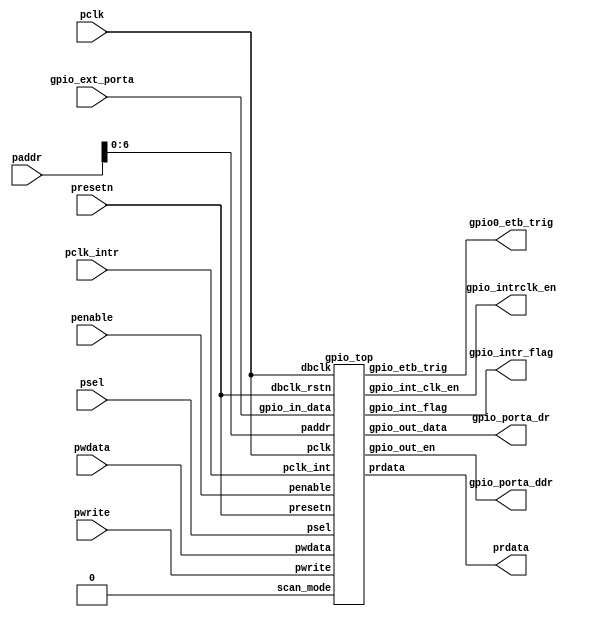
/*
Copyright (c) 2019 Alibaba Group Holding Limited

Permission is hereby granted, free of charge, to any person obtaining a copy of this software and associated documentation files (the "Software"), to deal in the Software without restriction, including without limitation the rights to use, copy, modify, merge, publish, distribute, sublicense, and/or sell copies of the Software, and to permit persons to whom the Software is furnished to do so, subject to the following conditions:

The above copyright notice and this permission notice shall be included in all copies or substantial portions of the Software.

THE SOFTWARE IS PROVIDED "AS IS", WITHOUT WARRANTY OF ANY KIND, EXPRESS OR IMPLIED, INCLUDING BUT NOT LIMITED TO THE WARRANTIES OF MERCHANTABILITY, FITNESS FOR A PARTICULAR PURPOSE AND NONINFRINGEMENT. IN NO EVENT SHALL THE AUTHORS OR COPYRIGHT HOLDERS BE LIABLE FOR ANY CLAIM, DAMAGES OR OTHER LIABILITY, WHETHER IN AN ACTION OF CONTRACT, TORT OR OTHERWISE, ARISING FROM, OUT OF OR IN CONNECTION WITH THE SOFTWARE OR THE USE OR OTHER DEALINGS IN THE SOFTWARE.

*/
`define   GPIO_PWIDTH 6'd32
`define   GPIO_SW_DATA_RESET 32'h0
`define   GPIO_SW_DIR_RESET 32'h0
`define   GPIO_INT_LEVEL_SYNC_EN 1'b1
`define   GPIO_INT_POL_SEL 1'b1
`define   GPIO_DEBOUNCE_EN 1'b0
`define   GPIO_EXT_DATA_SYNC_EN 1'b0
`define   GPIO_ADDR_LHS 5'h6
module gpio0(
  gpio0_etb_trig,
  gpio_ext_porta,
  gpio_intr_flag,
  gpio_intrclk_en,
  gpio_porta_ddr,
  gpio_porta_dr,
  paddr,
  pclk,
  pclk_intr,
  penable,
  prdata,
  presetn,
  psel,
  pwdata,
  pwrite
);
input   [31:0]  gpio_ext_porta; 
input   [31:0]  paddr;          
input           pclk;           
input           pclk_intr;      
input           penable;        
input           presetn;        
input           psel;           
input   [31:0]  pwdata;         
input           pwrite;         
output  [31:0]  gpio0_etb_trig; 
output          gpio_intr_flag; 
output          gpio_intrclk_en; 
output  [31:0]  gpio_porta_ddr; 
output  [31:0]  gpio_porta_dr;  
output  [31:0]  prdata;         
wire    [31:0]  gpio0_etb_trig; 
wire    [31:0]  gpio0_prdata;   
wire    [31:0]  gpio_ext_porta; 
wire            gpio_intr_flag; 
wire            gpio_intrclk_en; 
wire    [31:0]  gpio_porta_ddr; 
wire    [31:0]  gpio_porta_dr;  
wire    [31:0]  paddr;          
wire            pclk;           
wire            pclk_intr;      
wire            penable;        
wire    [31:0]  prdata;         
wire            presetn;        
wire            psel;           
wire    [31:0]  pwdata;         
wire            pwrite;         
gpio_top  x_gpio_top (
  .dbclk           (pclk           ),
  .dbclk_rstn      (presetn        ),
  .gpio_etb_trig   (gpio0_etb_trig ),
  .gpio_in_data    (gpio_ext_porta ),
  .gpio_int_clk_en (gpio_intrclk_en),
  .gpio_int_flag   (gpio_intr_flag ),
  .gpio_out_data   (gpio_porta_dr  ),
  .gpio_out_en     (gpio_porta_ddr ),
  .paddr           (paddr[6:0]     ),
  .pclk            (pclk           ),
  .pclk_int        (pclk_intr      ),
  .penable         (penable        ),
  .prdata          (gpio0_prdata   ),
  .presetn         (presetn        ),
  .psel            (psel           ),
  .pwdata          (pwdata         ),
  .pwrite          (pwrite         ),
  .scan_mode       (1'b0           )
);
assign prdata[31:0] = gpio0_prdata[31:0];
endmodule
module gpio0_sec_top(
  gpio0_etb_trig,
  gpio_ext_porta,
  gpio_intr_flag,
  gpio_intrclk_en,
  gpio_porta_ddr,
  gpio_porta_dr,
  paddr,
  pclk,
  pclk_intr,
  penable,
  pprot,
  prdata,
  presetn,
  psel,
  pwdata,
  pwrite,
  tipc_gpio0_trust
);
input   [31:0]  gpio_ext_porta;  
input   [31:0]  paddr;           
input           pclk;            
input           pclk_intr;       
input           penable;         
input   [2 :0]  pprot;           
input           presetn;         
input           psel;            
input   [31:0]  pwdata;          
input           pwrite;          
input           tipc_gpio0_trust; 
output  [31:0]  gpio0_etb_trig;  
output          gpio_intr_flag;  
output          gpio_intrclk_en; 
output  [31:0]  gpio_porta_ddr;  
output  [31:0]  gpio_porta_dr;   
output  [31:0]  prdata;          
wire    [31:0]  gpio0_etb_trig;  
wire    [31:0]  gpio_ext_porta;  
wire            gpio_intr_flag;  
wire            gpio_intrclk_en; 
wire    [31:0]  gpio_porta_ddr;  
wire    [31:0]  gpio_porta_dr;   
wire    [31:0]  i_prdata;        
wire            i_psel;          
wire            i_pwrite;        
wire    [31:0]  paddr;           
wire            pclk;            
wire            pclk_intr;       
wire            penable;         
wire    [2 :0]  pprot;           
wire    [31:0]  prdata;          
wire            presetn;         
wire            psel;            
wire    [31:0]  pwdata;          
wire            pwrite;          
wire            tipc_gpio0_trust; 
gpio0  x_gpio0 (
  .gpio0_etb_trig  (gpio0_etb_trig ),
  .gpio_ext_porta  (gpio_ext_porta ),
  .gpio_intr_flag  (gpio_intr_flag ),
  .gpio_intrclk_en (gpio_intrclk_en),
  .gpio_porta_ddr  (gpio_porta_ddr ),
  .gpio_porta_dr   (gpio_porta_dr  ),
  .paddr           (paddr          ),
  .pclk            (pclk           ),
  .pclk_intr       (pclk_intr      ),
  .penable         (penable        ),
  .prdata          (i_prdata       ),
  .presetn         (presetn        ),
  .psel            (i_psel         ),
  .pwdata          (pwdata         ),
  .pwrite          (i_pwrite       )
);
assign prdata[31:0] = i_prdata[31:0];
assign i_pwrite = pwrite;
assign i_psel = psel;
endmodule
module gpio_apbif 
(
    pclk                    ,
    presetn                 ,
    penable                 ,
    pwrite                  ,
    pwdata                  ,
    paddr                   ,
    psel                    ,                 
    gpio_ext_data           ,
    gpio_int_status         ,
    gpio_raw_int_status     ,
    gpio_sw_data            ,
    gpio_sw_dir             ,
    gpio_int_en             ,
    gpio_int_mask           ,
    gpio_int_type           ,
    gpio_int_pol            ,
    gpio_debounce           ,
    gpio_int_clr            ,
    gpio_int_level_sync     ,
    prdata                   
);
input                         pclk                    ;
input                         presetn                 ;
input                         penable                 ;
input                         pwrite                  ;
input             [31:0]      pwdata                  ;
input  [`GPIO_ADDR_LHS:0]      paddr                   ;
input                         psel                    ;                 
input  [`GPIO_PWIDTH-1:0]      gpio_ext_data           ;
input  [`GPIO_PWIDTH-1:0]      gpio_int_status         ;
input  [`GPIO_PWIDTH-1:0]      gpio_raw_int_status     ;
wire                          pclk                    ;
wire                          presetn                 ;
wire                          penable                 ;
wire                          pwrite                  ;
wire              [31:0]      pwdata                  ;
wire   [`GPIO_ADDR_LHS:0]      paddr                   ;
wire                          psel                    ;                 
wire   [`GPIO_PWIDTH-1:0]      gpio_ext_data           ;
wire   [`GPIO_PWIDTH-1:0]      gpio_int_status         ;
wire   [`GPIO_PWIDTH-1:0]      gpio_raw_int_status     ;
output [`GPIO_PWIDTH-1:0]      gpio_sw_data            ;
output [`GPIO_PWIDTH-1:0]      gpio_sw_dir             ;
output [`GPIO_PWIDTH-1:0]      gpio_int_en             ;
output [`GPIO_PWIDTH-1:0]      gpio_int_mask           ;
output [`GPIO_PWIDTH-1:0]      gpio_int_type           ;
output [`GPIO_PWIDTH-1:0]      gpio_int_pol            ;
output [`GPIO_PWIDTH-1:0]      gpio_debounce           ;
output [`GPIO_PWIDTH-1:0]      gpio_int_clr            ;
output                        gpio_int_level_sync     ;
output            [31:0]      prdata                  ;
reg    [`GPIO_PWIDTH-1:0]      gpio_sw_data            ;
reg    [`GPIO_PWIDTH-1:0]      gpio_sw_dir             ;
reg    [`GPIO_PWIDTH-1:0]      gpio_int_en             ;
reg    [`GPIO_PWIDTH-1:0]      gpio_int_mask           ;
reg    [`GPIO_PWIDTH-1:0]      gpio_int_type           ;
reg    [`GPIO_PWIDTH-1:0]      gpio_int_pol            ;
reg    [`GPIO_PWIDTH-1:0]      gpio_debounce           ;
reg    [`GPIO_PWIDTH-1:0]      gpio_int_clr            ;
reg                           gpio_int_level_sync     ;
reg               [31:0]      prdata                  ;
localparam        GPIO_SW_DATA_OFFSET            = 5'b00000;
localparam        GPIO_SW_DIR_OFFSET             = 5'b00001;
localparam        GPIO_SW_HW_CTRL_OFFSET         = 5'b00010;
localparam        GPIO_INT_FUNC_EN_OFFSET        = 5'b01100;
localparam        GPIO_INT_MASK_OFFSET           = 5'b01101;
localparam        GPIO_INT_TYPE_OFFSET           = 5'b01110;
localparam        GPIO_INT_POL_SEL_OFFSET        = 5'b01111;
localparam        GPIO_INT_STATUS_OFFSET         = 5'b10000;
localparam        GPIO_RAW_INT_STATUS_OFFSET     = 5'b10001;
localparam        GPIO_DEBOUNCE_OFFSET           = 5'b10010;
localparam        GPIO_INT_CLR_OFFSET            = 5'b10011;
localparam        GPIO_EXT_DATA_OFFSET           = 5'b10100;
localparam        GPIO_INT_LEVEL_SYNC_OFFSET     = 5'b11000;
reg               gpio_sw_data_wen         ;
reg               gpio_sw_dir_wen          ;
reg               gpio_int_en_wen          ;
reg               gpio_int_mask_wen        ;
reg               gpio_int_type_wen        ;
reg               gpio_int_pol_wen         ;
reg               gpio_debounce_wen        ;
reg               gpio_int_level_sync_wen  ;
reg               gpio_int_clr_wen         ;
reg    [31:0]     ri_gpio_sw_data          ;
reg    [31:0]     ri_gpio_sw_dir           ;
reg    [31:0]     ri_gpio_int_en           ;
reg    [31:0]     ri_gpio_int_mask         ;
reg    [31:0]     ri_gpio_int_type         ;
reg    [31:0]     ri_gpio_int_pol          ;
reg    [31:0]     ri_gpio_debounce         ;
reg    [31:0]     ri_gpio_int_level_sync   ;
reg    [31:0]     ri_gpio_ext_data         ;
reg    [31:0]     ri_gpio_raw_int_status   ;
reg    [31:0]     ri_gpio_int_status       ;
wire              zero_value               ;
assign  zero_value = 1'b0;
always @(*)
begin
    if((psel == 1'b1) && (penable == 1'b1) && (pwrite == 1'b1)) begin
        if(paddr[`GPIO_ADDR_LHS:2] == GPIO_SW_DATA_OFFSET)
            gpio_sw_data_wen = 1'b1;
        else
            gpio_sw_data_wen = 1'b0;
    end
    else
        gpio_sw_data_wen = 1'b0;
end
always @(*)
begin
    if((psel == 1'b1) && (penable == 1'b1) && (pwrite == 1'b1)) begin
        if(paddr[`GPIO_ADDR_LHS:2] == GPIO_SW_DIR_OFFSET)
            gpio_sw_dir_wen = 1'b1;
        else
            gpio_sw_dir_wen = 1'b0;
    end
    else
        gpio_sw_dir_wen = 1'b0;
end
always @(*)
begin
    if((psel == 1'b1) && (penable == 1'b1) && (pwrite == 1'b1)) begin
        if(paddr[`GPIO_ADDR_LHS:2] == GPIO_INT_FUNC_EN_OFFSET)
            gpio_int_en_wen = 1'b1;
        else
            gpio_int_en_wen = 1'b0;
    end
    else
        gpio_int_en_wen = 1'b0;
end
always @(*)
begin
    if((psel == 1'b1) && (penable == 1'b1) && (pwrite == 1'b1)) begin
        if(paddr[`GPIO_ADDR_LHS:2] == GPIO_INT_MASK_OFFSET)
            gpio_int_mask_wen = 1'b1;
        else
            gpio_int_mask_wen = 1'b0;
    end
    else
        gpio_int_mask_wen = 1'b0;
end
always @(*)
begin
    if((psel == 1'b1) && (penable == 1'b1) && (pwrite == 1'b1)) begin
        if(paddr[`GPIO_ADDR_LHS:2] == GPIO_INT_TYPE_OFFSET)
            gpio_int_type_wen = 1'b1;
        else
            gpio_int_type_wen = 1'b0;
    end
    else
        gpio_int_type_wen = 1'b0;
end
always @(*)
begin
    if((psel == 1'b1) && (penable == 1'b1) && (pwrite == 1'b1)) begin
        if(paddr[`GPIO_ADDR_LHS:2] == GPIO_INT_POL_SEL_OFFSET)
            gpio_int_pol_wen = 1'b1;
        else
            gpio_int_pol_wen = 1'b0;
    end
    else
        gpio_int_pol_wen = 1'b0;
end   
always @(*)
begin
    if((psel == 1'b1) && (penable == 1'b1) && (pwrite == 1'b1)) begin
        if(paddr[`GPIO_ADDR_LHS:2] == GPIO_INT_LEVEL_SYNC_OFFSET)
            gpio_int_level_sync_wen = 1'b1;
        else
            gpio_int_level_sync_wen = 1'b0;
    end
    else
        gpio_int_level_sync_wen = 1'b0;
end
always @(*)
begin
    if((psel == 1'b1) && (penable == 1'b1) && (pwrite == 1'b1)) begin
        if(paddr[`GPIO_ADDR_LHS:2] == GPIO_INT_LEVEL_SYNC_OFFSET)
            gpio_int_clr_wen = 1'b1;
        else
            gpio_int_clr_wen = 1'b0;
    end
    else
        gpio_int_clr_wen = 1'b0;
end
always@(posedge pclk or negedge presetn)
begin 
    if(presetn == 1'b0)
        gpio_int_en <= {`GPIO_PWIDTH{1'b0}};
    else if (gpio_int_en_wen == 1'b1)
        gpio_int_en <= pwdata[`GPIO_PWIDTH-1:0];
    else ;
end
always @(*)
begin 
    ri_gpio_int_en = {32{zero_value}};
    ri_gpio_int_en[`GPIO_PWIDTH-1:0] = gpio_int_en;
end
always@(posedge pclk or negedge presetn)
begin 
    if(presetn == 1'b0)
        gpio_int_mask <= {`GPIO_PWIDTH{1'b0}};
    else if (gpio_int_mask_wen == 1'b1)
        gpio_int_mask <= pwdata[`GPIO_PWIDTH-1:0];
    else ;
end
always @(*)
begin 
    ri_gpio_int_mask = {32{zero_value}};
    ri_gpio_int_mask[`GPIO_PWIDTH-1:0] = gpio_int_mask;
end
always@(posedge pclk or negedge presetn)
begin 
    if(presetn == 1'b0)
        gpio_int_type <= {`GPIO_PWIDTH{1'b0}};
    else if (gpio_int_type_wen == 1'b1)
        gpio_int_type <= pwdata[`GPIO_PWIDTH-1:0];
    else ;
end
always @(*)
begin 
    ri_gpio_int_type = {32{zero_value}};
    ri_gpio_int_type[`GPIO_PWIDTH-1:0] = gpio_int_type;
end
always@(posedge pclk or negedge presetn)
begin 
    if(presetn == 1'b0)
        gpio_int_pol <= {`GPIO_PWIDTH{1'b0}};
    else if (gpio_int_pol_wen == 1'b1)
        gpio_int_pol <= pwdata[`GPIO_PWIDTH-1:0];
    else ;
end
always @(*)
begin 
    ri_gpio_int_pol = {32{zero_value}};
    ri_gpio_int_pol[`GPIO_PWIDTH-1:0] = gpio_int_pol;
end
always@(posedge pclk or negedge presetn)
begin 
    if(presetn == 1'b0)
        gpio_int_level_sync <= 1'b0;
    else if (gpio_int_level_sync_wen == 1'b1)
        gpio_int_level_sync <= pwdata[0];
    else ;
end
always@(*)
begin 
    if(gpio_int_clr_wen == 1'b1)
        gpio_int_clr = pwdata[`GPIO_PWIDTH-1:0];
    else 
        gpio_int_clr = {`GPIO_PWIDTH{1'b0}};
end
always @(*)
begin 
    ri_gpio_int_level_sync = {32{zero_value}};
    ri_gpio_int_level_sync[0] = gpio_int_level_sync;
end
always @(*)
begin 
    ri_gpio_int_status = {32{zero_value}};
    ri_gpio_int_status[`GPIO_PWIDTH-1:0] = gpio_int_status;
end
always @(*)
begin 
    ri_gpio_raw_int_status = {32{zero_value}};
    ri_gpio_raw_int_status[`GPIO_PWIDTH-1:0] = gpio_raw_int_status;
end
generate
    if(`GPIO_DEBOUNCE_EN == 1'b1) begin: SUPPORT_DEBOUNCE_PROC
        always @(*)
        begin
            if((psel == 1'b1) && (penable == 1'b1) && (pwrite == 1'b1)) begin
                if(paddr[`GPIO_ADDR_LHS:2] == GPIO_DEBOUNCE_OFFSET)
                    gpio_debounce_wen = 1'b1;
                else
                    gpio_debounce_wen = 1'b0;
            end
            else
                gpio_debounce_wen = 1'b0;
        end
        always@(posedge pclk or negedge presetn)
        begin 
            if(presetn == 1'b0)
                gpio_debounce <= {`GPIO_PWIDTH{1'b0}};
            else if (gpio_debounce_wen == 1'b1)
                gpio_debounce <= pwdata[`GPIO_PWIDTH-1:0];
            else ;
        end
        always @(*)
        begin 
            ri_gpio_debounce = {32{zero_value}};
            ri_gpio_debounce[`GPIO_PWIDTH-1:0] = gpio_debounce;
        end
    end
    else begin: NO_SUPPORT_DEBOUNCE_PROC
        always @(*)
        begin
            gpio_debounce_wen = zero_value;
            gpio_debounce     = {32{zero_value}};
            ri_gpio_debounce = {32{zero_value}};
        end
    end
endgenerate
always@(posedge pclk or negedge presetn)
begin 
    if(presetn == 1'b0)
        gpio_sw_data <= ({`GPIO_PWIDTH{1'b0}} | `GPIO_SW_DATA_RESET);
    else if (gpio_sw_data_wen == 1'b1)
        gpio_sw_data <= pwdata[`GPIO_PWIDTH-1:0];
    else ;
end
always @(*)
begin 
    ri_gpio_sw_data = 32'b0;
    ri_gpio_sw_data[`GPIO_PWIDTH-1:0] = gpio_sw_data;
end
always@(posedge pclk or negedge presetn)
begin 
    if(presetn == 1'b0)
        gpio_sw_dir <= ({`GPIO_PWIDTH{1'b0}} | `GPIO_SW_DIR_RESET);
    else if (gpio_sw_dir_wen == 1'b1)
        gpio_sw_dir <= pwdata[`GPIO_PWIDTH-1:0];
    else ;
end
always @(*)
begin 
    ri_gpio_sw_dir = 32'b0;
    ri_gpio_sw_dir[`GPIO_PWIDTH-1:0] = gpio_sw_dir;
end
always @(*)
begin 
    ri_gpio_ext_data = 32'b0;
    ri_gpio_ext_data[`GPIO_PWIDTH-1:0] = gpio_ext_data;
end
always @(posedge pclk or negedge presetn)
begin
    if(presetn == 1'b0)
        prdata <= 32'b0;
    else if((pwrite == 1'b0) && (psel == 1'b1) && (penable == 1'b0)) begin
        case (paddr[`GPIO_ADDR_LHS:2])
            `GPIO_SW_DATA_RESET         : prdata <= ri_gpio_sw_data;
            GPIO_SW_DIR_OFFSET         : prdata <= ri_gpio_sw_dir;
            GPIO_SW_HW_CTRL_OFFSET     : prdata <= 32'b0;
            GPIO_INT_FUNC_EN_OFFSET    : prdata <= ri_gpio_int_en;
            GPIO_INT_MASK_OFFSET       : prdata <= ri_gpio_int_mask;
            GPIO_INT_TYPE_OFFSET       : prdata <= ri_gpio_int_type;
            GPIO_INT_POL_SEL_OFFSET    : prdata <= ri_gpio_int_pol;
            GPIO_INT_STATUS_OFFSET     : prdata <= ri_gpio_int_status;
            GPIO_RAW_INT_STATUS_OFFSET : prdata <= ri_gpio_raw_int_status;
            GPIO_DEBOUNCE_OFFSET       : prdata <= ri_gpio_debounce;
            GPIO_INT_LEVEL_SYNC_OFFSET : prdata <= ri_gpio_int_level_sync;
            GPIO_EXT_DATA_OFFSET       : prdata <= ri_gpio_ext_data;              	 
            default                    : prdata <= 32'b0;
        endcase
    end
    else ;
end
endmodule
module gpio_ctrl 
(
pclk                  ,
pclk_int              ,
dbclk                 ,
presetn               ,
dbclk_rstn            ,
scan_mode             ,
gpio_sw_data          ,
gpio_sw_dir           ,
gpio_int_en           ,
gpio_int_mask         ,
gpio_int_type         ,
gpio_int_pol          ,
gpio_debounce         ,
gpio_int_clr          ,
gpio_rx_data          ,
gpio_int_level_sync   ,
gpio_tx_data          ,
gpio_tx_en            ,
gpio_ext_data         ,
gpio_int_flag         ,
gpio_int_flag_n       ,
gpio_int_status       ,
gpio_int              ,
gpio_int_n            ,
gpio_raw_int_status   ,
gpio_int_clk_en       ,
gpio_etb_trig
);
input                         pclk                  ;
input                         pclk_int              ;
input                         dbclk                 ;
input                         presetn               ;
input                         dbclk_rstn            ;
input                         scan_mode             ;
input  [`GPIO_PWIDTH-1:0]      gpio_sw_data          ;
input  [`GPIO_PWIDTH-1:0]      gpio_sw_dir           ;
input  [`GPIO_PWIDTH-1:0]      gpio_int_en           ;
input  [`GPIO_PWIDTH-1:0]      gpio_int_mask         ;
input  [`GPIO_PWIDTH-1:0]      gpio_int_type         ;
input  [`GPIO_PWIDTH-1:0]      gpio_int_pol          ;
input  [`GPIO_PWIDTH-1:0]      gpio_debounce         ;
input  [`GPIO_PWIDTH-1:0]      gpio_int_clr          ;
input  [`GPIO_PWIDTH-1:0]      gpio_rx_data          ;
input                         gpio_int_level_sync   ;
wire                          pclk                  ;
wire                          pclk_int              ;
wire                          dbclk                 ;
wire                          presetn               ;
wire                          dbclk_rstn            ;
wire                          scan_mode             ;
wire   [`GPIO_PWIDTH-1:0]      gpio_sw_data          ;
wire   [`GPIO_PWIDTH-1:0]      gpio_sw_dir           ;
wire   [`GPIO_PWIDTH-1:0]      gpio_int_en           ;
wire   [`GPIO_PWIDTH-1:0]      gpio_int_mask         ;
wire   [`GPIO_PWIDTH-1:0]      gpio_int_type         ;
wire   [`GPIO_PWIDTH-1:0]      gpio_int_pol          ;
wire   [`GPIO_PWIDTH-1:0]      gpio_debounce         ;
wire   [`GPIO_PWIDTH-1:0]      gpio_int_clr          ;
wire   [`GPIO_PWIDTH-1:0]      gpio_rx_data          ;
wire                          gpio_int_level_sync   ;
output [`GPIO_PWIDTH-1:0]      gpio_tx_data          ;
output [`GPIO_PWIDTH-1:0]      gpio_tx_en            ;
output [`GPIO_PWIDTH-1:0]      gpio_ext_data         ;
output                        gpio_int_flag         ;
output                        gpio_int_flag_n       ;
output [`GPIO_PWIDTH-1:0]      gpio_int_status       ;
output [`GPIO_PWIDTH-1:0]      gpio_int              ;
output [`GPIO_PWIDTH-1:0]      gpio_int_n            ;
output [`GPIO_PWIDTH-1:0]      gpio_raw_int_status   ;
output                        gpio_int_clk_en       ;
output [`GPIO_PWIDTH-1:0]      gpio_etb_trig         ;
reg    [`GPIO_PWIDTH-1:0]      gpio_tx_data          ;
reg    [`GPIO_PWIDTH-1:0]      gpio_tx_en            ;
reg    [`GPIO_PWIDTH-1:0]      gpio_ext_data         ;
wire                          gpio_int_flag         ;
wire                          gpio_int_flag_n       ;
wire   [`GPIO_PWIDTH-1:0]      gpio_int_status       ;
wire   [`GPIO_PWIDTH-1:0]      gpio_int              ;
wire   [`GPIO_PWIDTH-1:0]      gpio_int_n            ;
reg    [`GPIO_PWIDTH-1:0]      gpio_raw_int_status   ;
reg                           gpio_int_clk_en       ;
wire   [`GPIO_PWIDTH-1:0]      gpio_etb_trig         ;
reg           [`GPIO_PWIDTH-1:0]     gpio_rx_data_int   ;
reg           [`GPIO_PWIDTH-1:0]     int_level_sync_in  ;
reg           [`GPIO_PWIDTH-1:0]     int_edge_out       ;
reg           [`GPIO_PWIDTH-1:0]     debounce_d2        ;
wire          [`GPIO_PWIDTH-1:0]     int_level          ;
wire          [`GPIO_PWIDTH-1:0]     gpio_ext_data_tmp  ;
wire                                zero_value         ;
wire                                gpio_int_flag_tmp  ;
assign  zero_value = 1'b0;
reg           [`GPIO_PWIDTH-1:0]     int_clk_en           ;
reg           [`GPIO_PWIDTH-1:0]     int_level_ff1        ;
reg           [`GPIO_PWIDTH-1:0]     gpio_int_status_edge ;
reg           [`GPIO_PWIDTH-1:0]     gpio_int_status_level;
wire                                gpio_int_clk_en_tmp  ;
wire          [`GPIO_PWIDTH-1:0]     int_edge             ;
integer                             int_k                ;
always @(*)
begin: INT_CLK_EN_PROC
integer i;
    for (i=0;i<`GPIO_PWIDTH;i=i+1) begin
        if(gpio_int_en[i] == 1'b1)
            if(gpio_int_type[i] == 1'b1)
                int_clk_en[i] = 1'b1;
            else
                int_clk_en[i] = gpio_int_level_sync;
        else
            int_clk_en[i] =  1'b0;
    end
end 
assign  gpio_int_clk_en_tmp = | int_clk_en;
always @(posedge pclk or negedge presetn)
begin
    if(presetn == 1'b0)
        gpio_int_clk_en <= 1'b0;
    else
        gpio_int_clk_en <= gpio_int_clk_en_tmp;
end
always @(*) 
begin: GPIO_RX_INT_PROC
integer i;
    gpio_rx_data_int = {`GPIO_PWIDTH{1'b0}};
    for(i=0;i<`GPIO_PWIDTH;i=i+1) begin
        if(gpio_int_pol[i] == 1'b0)
            gpio_rx_data_int[i] = ~gpio_rx_data[i];
        else
            gpio_rx_data_int[i] = gpio_rx_data[i];
    end
end
always @(*) 
begin: INT_LEVEL_SYNC_IN_PROC
integer i;
    int_level_sync_in = {`GPIO_PWIDTH{1'b0}};
    if(`GPIO_DEBOUNCE_EN == 1'b0)
        int_level_sync_in = gpio_rx_data_int;
    else begin
        for(i=0;i<`GPIO_PWIDTH;i=i+1) begin
            if(gpio_debounce[i] == 1'b1) 
                int_level_sync_in[i] = debounce_d2[i];
            else
                int_level_sync_in[i] = gpio_rx_data_int[i];
        end
    end
end 
always @(posedge pclk_int or negedge presetn)
begin
  if(presetn == 1'b0)
      int_level_ff1 <= {`GPIO_PWIDTH{1'b0}};
  else
      int_level_ff1 <= int_level;
end
assign int_edge = int_level ^ int_level_ff1;
always @(*) 
begin: INT_EDGE_OUT_PROC
integer j;
    int_edge_out = {`GPIO_PWIDTH{1'b0}};      
    for(j=0;j<`GPIO_PWIDTH;j=j+1) begin
        int_edge_out[j] = int_edge[j] & int_level[j] ; 
    end 
end
always @(posedge pclk or negedge presetn)
begin: GPIO_INT_STATUS_EGDE_PROC
    if(presetn == 1'b0)
        gpio_int_status_edge <= {`GPIO_PWIDTH{1'b0}};
    else begin
        for(int_k=0;int_k<`GPIO_PWIDTH;int_k=int_k+1) begin
            if(gpio_int_en[int_k] == 1'b0)
                gpio_int_status_edge[int_k] <= 1'b0;
            else if((int_edge_out[int_k] == 1'b1) &&
                    (gpio_int_en[int_k] == 1'b1) && 
                    (gpio_sw_dir[int_k] == 1'b0))
                gpio_int_status_edge[int_k] <= 1'b1;
            else if(gpio_int_clr[int_k] == 1'b1)
                  gpio_int_status_edge[int_k] <= 1'b0;
            else ;
        end 
    end
end  
always @(*) 
begin: GPIO_INT_STATUS_LEVEL_PROC
integer k;
    gpio_int_status_level = {`GPIO_PWIDTH{1'b0}};
    for(k=0;k<`GPIO_PWIDTH;k=k+1) begin
        if(gpio_sw_dir[k] == 1'b1)
            gpio_int_status_level[k] = 1'b0;
        else if(gpio_int_level_sync == 1'b1)
            gpio_int_status_level[k] = int_level[k];
        else
            gpio_int_status_level[k] = int_level_sync_in[k];
    end 
end
always @(*) 
begin: GPIO_RAW_INT_STATUS_PROC
integer l;
    gpio_raw_int_status = {`GPIO_PWIDTH{1'b0}};
    for(l=0;l<`GPIO_PWIDTH;l=l+1) begin
        if(gpio_int_en[l] == 1'b0)
            gpio_raw_int_status[l] = 1'b0;
        else if(gpio_int_type[l] == 1'b1)
            gpio_raw_int_status[l] = gpio_int_status_edge[l] ;
        else
            gpio_raw_int_status[l] = gpio_int_status_level[l] ;
    end  
end   
assign  gpio_int_status   = gpio_raw_int_status & (~gpio_int_mask); 
assign  gpio_int          = (`GPIO_INT_POL_SEL == 1'b1) ? gpio_int_status : (~gpio_int_status);
assign  gpio_int_n        = gpio_int;
assign  gpio_int_flag_tmp = | gpio_int_status;
assign  gpio_int_flag     = (`GPIO_INT_POL_SEL == 1'b1) ? gpio_int_flag_tmp : (~gpio_int_flag_tmp);
assign  gpio_int_flag_n   = gpio_int_flag;
generate
    if(`GPIO_INT_LEVEL_SYNC_EN == 1'b1) begin: SUPPORT_INT_LEVEL_SYNC_PROC
        reg           [`GPIO_PWIDTH-1:0]     int_level_sync_in_ff1;
        reg           [`GPIO_PWIDTH-1:0]     int_level_sync_in_ff2;
        always @(posedge pclk_int or negedge presetn)
        begin
            if(presetn == 1'b0)
                int_level_sync_in_ff1 <= {`GPIO_PWIDTH{1'b0}};
            else
                int_level_sync_in_ff1 <= int_level_sync_in;
        end
        always @(posedge pclk_int or negedge presetn)
        begin
            if(presetn == 1'b0)
                int_level_sync_in_ff2 <= {`GPIO_PWIDTH{1'b0}};
            else
                int_level_sync_in_ff2 <= int_level_sync_in_ff1;
        end
        assign  int_level = (gpio_int_level_sync == 1'b1) ? int_level_sync_in_ff2 : 
                                                            int_level_sync_in;
    end
    else begin: NO_SUPPORT_INT_LEVEL_SYNC_PROC
        assign  int_level = int_level_sync_in;
    end
endgenerate
generate
    if(`GPIO_DEBOUNCE_EN == 1'b1) begin: SUPPORT_DEBOUNCE_PROC
        reg                      [31:0]     debounce_rstn_tmp   ;
        reg                      [31:0]     gpio_rx_data_int_tmp;
        reg                      [31:0]     debounce_d1_tmp     ;
        wire                                debounce_rstn_0     ;
        wire                                debounce_rstn_1     ;
        wire                                debounce_rstn_2     ;
        wire                                debounce_rstn_3     ;
        wire                                debounce_rstn_4     ;
        wire                                debounce_rstn_5     ;
        wire                                debounce_rstn_6     ;
        wire                                debounce_rstn_7     ;
        wire                                debounce_rstn_8     ;
        wire                                debounce_rstn_9     ;
        wire                                debounce_rstn_10    ;
        wire                                debounce_rstn_11    ;
        wire                                debounce_rstn_12    ;
        wire                                debounce_rstn_13    ;
        wire                                debounce_rstn_14    ;
        wire                                debounce_rstn_15    ;
        wire                                debounce_rstn_16    ;
        wire                                debounce_rstn_17    ;
        wire                                debounce_rstn_18    ;
        wire                                debounce_rstn_19    ;
        wire                                debounce_rstn_20    ;
        wire                                debounce_rstn_21    ;
        wire                                debounce_rstn_22    ;
        wire                                debounce_rstn_23    ;
        wire                                debounce_rstn_24    ;
        wire                                debounce_rstn_25    ;
        wire                                debounce_rstn_26    ;
        wire                                debounce_rstn_27    ;
        wire                                debounce_rstn_28    ;
        wire                                debounce_rstn_29    ;
        wire                                debounce_rstn_30    ;
        wire                                debounce_rstn_31    ;
        wire           [`GPIO_PWIDTH-1:0]    debounce_d1         ; 
        always @(*)
        begin
            debounce_rstn_tmp = 32'b0;
            debounce_rstn_tmp[`GPIO_PWIDTH-1:0] = gpio_rx_data_int & {`GPIO_PWIDTH{dbclk_rstn}};
        end
        always @(*)
        begin
            gpio_rx_data_int_tmp = 32'b0;
            gpio_rx_data_int_tmp[`GPIO_PWIDTH-1:0] = gpio_rx_data_int;
        end
        assign  debounce_rstn_0  = (debounce_rstn_tmp[0]  || scan_mode) && (dbclk_rstn);
        assign  debounce_rstn_1  = (debounce_rstn_tmp[1]  || scan_mode) && (dbclk_rstn);
        assign  debounce_rstn_2  = (debounce_rstn_tmp[2]  || scan_mode) && (dbclk_rstn);
        assign  debounce_rstn_3  = (debounce_rstn_tmp[3]  || scan_mode) && (dbclk_rstn);
        assign  debounce_rstn_4  = (debounce_rstn_tmp[4]  || scan_mode) && (dbclk_rstn);
        assign  debounce_rstn_5  = (debounce_rstn_tmp[5]  || scan_mode) && (dbclk_rstn);
        assign  debounce_rstn_6  = (debounce_rstn_tmp[6]  || scan_mode) && (dbclk_rstn);
        assign  debounce_rstn_7  = (debounce_rstn_tmp[7]  || scan_mode) && (dbclk_rstn);
        assign  debounce_rstn_8  = (debounce_rstn_tmp[8]  || scan_mode) && (dbclk_rstn);
        assign  debounce_rstn_9  = (debounce_rstn_tmp[9]  || scan_mode) && (dbclk_rstn);
        assign  debounce_rstn_10 = (debounce_rstn_tmp[10] || scan_mode) && (dbclk_rstn);
        assign  debounce_rstn_11 = (debounce_rstn_tmp[11] || scan_mode) && (dbclk_rstn);
        assign  debounce_rstn_12 = (debounce_rstn_tmp[12] || scan_mode) && (dbclk_rstn);
        assign  debounce_rstn_13 = (debounce_rstn_tmp[13] || scan_mode) && (dbclk_rstn);
        assign  debounce_rstn_14 = (debounce_rstn_tmp[14] || scan_mode) && (dbclk_rstn);
        assign  debounce_rstn_15 = (debounce_rstn_tmp[15] || scan_mode) && (dbclk_rstn);
        assign  debounce_rstn_16 = (debounce_rstn_tmp[16] || scan_mode) && (dbclk_rstn);
        assign  debounce_rstn_17 = (debounce_rstn_tmp[17] || scan_mode) && (dbclk_rstn);
        assign  debounce_rstn_18 = (debounce_rstn_tmp[18] || scan_mode) && (dbclk_rstn);
        assign  debounce_rstn_19 = (debounce_rstn_tmp[19] || scan_mode) && (dbclk_rstn);
        assign  debounce_rstn_20 = (debounce_rstn_tmp[20] || scan_mode) && (dbclk_rstn);
        assign  debounce_rstn_21 = (debounce_rstn_tmp[21] || scan_mode) && (dbclk_rstn);
        assign  debounce_rstn_22 = (debounce_rstn_tmp[22] || scan_mode) && (dbclk_rstn);
        assign  debounce_rstn_23 = (debounce_rstn_tmp[23] || scan_mode) && (dbclk_rstn);
        assign  debounce_rstn_24 = (debounce_rstn_tmp[24] || scan_mode) && (dbclk_rstn);
        assign  debounce_rstn_25 = (debounce_rstn_tmp[25] || scan_mode) && (dbclk_rstn);
        assign  debounce_rstn_26 = (debounce_rstn_tmp[26] || scan_mode) && (dbclk_rstn);
        assign  debounce_rstn_27 = (debounce_rstn_tmp[27] || scan_mode) && (dbclk_rstn);
        assign  debounce_rstn_28 = (debounce_rstn_tmp[28] || scan_mode) && (dbclk_rstn);
        assign  debounce_rstn_29 = (debounce_rstn_tmp[29] || scan_mode) && (dbclk_rstn);
        assign  debounce_rstn_30 = (debounce_rstn_tmp[30] || scan_mode) && (dbclk_rstn);
        assign  debounce_rstn_31 = (debounce_rstn_tmp[31] || scan_mode) && (dbclk_rstn);
        always @(posedge dbclk or negedge debounce_rstn_0)
        begin
            if(debounce_rstn_0 == 1'b0)
                debounce_d1_tmp[0] <= 1'b0;
            else
                debounce_d1_tmp[0] <= gpio_rx_data_int_tmp[0];
        end  
        always @(posedge dbclk or negedge debounce_rstn_1)
        begin
            if(debounce_rstn_1 == 1'b0)
                debounce_d1_tmp[1] <= 1'b0;
            else
                debounce_d1_tmp[1] <= gpio_rx_data_int_tmp[1];
        end  
        always @(posedge dbclk or negedge debounce_rstn_2)
        begin
            if(debounce_rstn_2 == 1'b0)
                debounce_d1_tmp[2] <= 1'b0;
            else
                debounce_d1_tmp[2] <= gpio_rx_data_int_tmp[2];
        end  
        always @(posedge dbclk or negedge debounce_rstn_3)
        begin
            if(debounce_rstn_3 == 1'b0)
                debounce_d1_tmp[3] <= 1'b0;
            else
                debounce_d1_tmp[3] <= gpio_rx_data_int_tmp[3];
        end  
        always @(posedge dbclk or negedge debounce_rstn_4)
        begin
            if(debounce_rstn_4 == 1'b0)
                debounce_d1_tmp[4] <= 1'b0;
            else
                debounce_d1_tmp[4] <= gpio_rx_data_int_tmp[4];
        end  
        always @(posedge dbclk or negedge debounce_rstn_5)
        begin
            if(debounce_rstn_5 == 1'b0)
                debounce_d1_tmp[5] <= 1'b0;
            else
                debounce_d1_tmp[5] <= gpio_rx_data_int_tmp[5];
        end  
        always @(posedge dbclk or negedge debounce_rstn_6)
        begin
            if(debounce_rstn_6 == 1'b0)
                debounce_d1_tmp[6] <= 1'b0;
            else
                debounce_d1_tmp[6] <= gpio_rx_data_int_tmp[6];
        end  
        always @(posedge dbclk or negedge debounce_rstn_7)
        begin
            if(debounce_rstn_7 == 1'b0)
                debounce_d1_tmp[7] <= 1'b0;
            else
                debounce_d1_tmp[7] <= gpio_rx_data_int_tmp[7];
        end  
        always @(posedge dbclk or negedge debounce_rstn_8)
        begin
            if(debounce_rstn_8 == 1'b0)
                debounce_d1_tmp[8] <= 1'b0;
            else
                debounce_d1_tmp[8] <= gpio_rx_data_int_tmp[8];
        end  
        always @(posedge dbclk or negedge debounce_rstn_9)
        begin
            if(debounce_rstn_9 == 1'b0)
                debounce_d1_tmp[9] <= 1'b0;
            else
                debounce_d1_tmp[9] <= gpio_rx_data_int_tmp[9];
        end  
        always @(posedge dbclk or negedge debounce_rstn_10)
        begin
            if(debounce_rstn_10 == 1'b0)
                debounce_d1_tmp[10] <= 1'b0;
            else
                debounce_d1_tmp[10] <= gpio_rx_data_int_tmp[10];
        end  
        always @(posedge dbclk or negedge debounce_rstn_11)
        begin
            if(debounce_rstn_11 == 1'b0)
                debounce_d1_tmp[11] <= 1'b0;
            else
                debounce_d1_tmp[11] <= gpio_rx_data_int_tmp[11];
        end  
        always @(posedge dbclk or negedge debounce_rstn_12)
        begin
            if(debounce_rstn_12 == 1'b0)
                debounce_d1_tmp[12] <= 1'b0;
            else
                debounce_d1_tmp[12] <= gpio_rx_data_int_tmp[12];
        end  
        always @(posedge dbclk or negedge debounce_rstn_13)
        begin
            if(debounce_rstn_13 == 1'b0)
                debounce_d1_tmp[13] <= 1'b0;
            else
                debounce_d1_tmp[13] <= gpio_rx_data_int_tmp[13];
        end  
        always @(posedge dbclk or negedge debounce_rstn_14)
        begin
            if(debounce_rstn_14 == 1'b0)
                debounce_d1_tmp[14] <= 1'b0;
            else
                debounce_d1_tmp[14] <= gpio_rx_data_int_tmp[14];
        end  
        always @(posedge dbclk or negedge debounce_rstn_15)
        begin
            if(debounce_rstn_15 == 1'b0)
                debounce_d1_tmp[15] <= 1'b0;
            else
                debounce_d1_tmp[15] <= gpio_rx_data_int_tmp[15];
        end  
        always @(posedge dbclk or negedge debounce_rstn_16)
        begin
            if(debounce_rstn_16 == 1'b0)
                debounce_d1_tmp[16] <= 1'b0;
            else
                debounce_d1_tmp[16] <= gpio_rx_data_int_tmp[16];
        end  
        always @(posedge dbclk or negedge debounce_rstn_17)
        begin
            if(debounce_rstn_17 == 1'b0)
                debounce_d1_tmp[17] <= 1'b0;
            else
                debounce_d1_tmp[17] <= gpio_rx_data_int_tmp[17];
        end  
        always @(posedge dbclk or negedge debounce_rstn_18)
        begin
            if(debounce_rstn_18 == 1'b0)
                debounce_d1_tmp[18] <= 1'b0;
            else
                debounce_d1_tmp[18] <= gpio_rx_data_int_tmp[18];
        end  
        always @(posedge dbclk or negedge debounce_rstn_19)
        begin
            if(debounce_rstn_19 == 1'b0)
                debounce_d1_tmp[19] <= 1'b0;
            else
                debounce_d1_tmp[19] <= gpio_rx_data_int_tmp[19];
        end  
        always @(posedge dbclk or negedge debounce_rstn_20)
        begin
            if(debounce_rstn_20 == 1'b0)
                debounce_d1_tmp[20] <= 1'b0;
            else
                debounce_d1_tmp[20] <= gpio_rx_data_int_tmp[20];
        end  
        always @(posedge dbclk or negedge debounce_rstn_21)
        begin
            if(debounce_rstn_21 == 1'b0)
                debounce_d1_tmp[21] <= 1'b0;
            else
                debounce_d1_tmp[21] <= gpio_rx_data_int_tmp[21];
        end  
        always @(posedge dbclk or negedge debounce_rstn_22)
        begin
            if(debounce_rstn_22 == 1'b0)
                debounce_d1_tmp[22] <= 1'b0;
            else
                debounce_d1_tmp[22] <= gpio_rx_data_int_tmp[22];
        end  
        always @(posedge dbclk or negedge debounce_rstn_23)
        begin
            if(debounce_rstn_23 == 1'b0)
                debounce_d1_tmp[23] <= 1'b0;
            else
                debounce_d1_tmp[23] <= gpio_rx_data_int_tmp[23];
        end  
        always @(posedge dbclk or negedge debounce_rstn_24)
        begin
            if(debounce_rstn_24 == 1'b0)
                debounce_d1_tmp[24] <= 1'b0;
            else
                debounce_d1_tmp[24] <= gpio_rx_data_int_tmp[24];
        end  
        always @(posedge dbclk or negedge debounce_rstn_25)
        begin
            if(debounce_rstn_25 == 1'b0)
                debounce_d1_tmp[25] <= 1'b0;
            else
                debounce_d1_tmp[25] <= gpio_rx_data_int_tmp[25];
        end  
        always @(posedge dbclk or negedge debounce_rstn_26)
        begin
            if(debounce_rstn_26 == 1'b0)
                debounce_d1_tmp[26] <= 1'b0;
            else
                debounce_d1_tmp[26] <= gpio_rx_data_int_tmp[26];
        end  
        always @(posedge dbclk or negedge debounce_rstn_27)
        begin
            if(debounce_rstn_27 == 1'b0)
                debounce_d1_tmp[27] <= 1'b0;
            else
                debounce_d1_tmp[27] <= gpio_rx_data_int_tmp[27];
        end  
        always @(posedge dbclk or negedge debounce_rstn_28)
        begin
            if(debounce_rstn_28 == 1'b0)
                debounce_d1_tmp[28] <= 1'b0;
            else
                debounce_d1_tmp[28] <= gpio_rx_data_int_tmp[28];
        end  
        always @(posedge dbclk or negedge debounce_rstn_29)
        begin
            if(debounce_rstn_29 == 1'b0)
                debounce_d1_tmp[29] <= 1'b0;
            else
                debounce_d1_tmp[29] <= gpio_rx_data_int_tmp[29];
        end  
        always @(posedge dbclk or negedge debounce_rstn_30)
        begin
            if(debounce_rstn_30 == 1'b0)
                debounce_d1_tmp[30] <= 1'b0;
            else
                debounce_d1_tmp[30] <= gpio_rx_data_int_tmp[30];
        end  
        always @(posedge dbclk or negedge debounce_rstn_31)
        begin
            if(debounce_rstn_31 == 1'b0)
                debounce_d1_tmp[31] <= 1'b0;
            else
                debounce_d1_tmp[31] <= gpio_rx_data_int_tmp[31];
        end  
        assign debounce_d1 = debounce_d1_tmp[`GPIO_PWIDTH-1:0];
        always @(posedge dbclk or negedge dbclk_rstn)
        begin
            if(dbclk_rstn == 1'b1) 
                debounce_d2 <= {`GPIO_PWIDTH{1'b0}}; 
            else
                debounce_d2 <= debounce_d1; 
        end
    end
    else begin: NO_SUPPORT_DEBOUNCE_PROC
        always @(*)
        begin
            debounce_d2 = {`GPIO_PWIDTH{zero_value}};
        end
    end
endgenerate
always @(*) 
begin: GPIO_TX_DATA_PROC
integer i;
    for(i=0; i < `GPIO_PWIDTH; i=i+1) begin
        gpio_tx_data[i] = gpio_sw_data[i];
    end        
end
always @(*) 
begin: GPIO_TX_EN_PROC
integer i;
    for(i=0;i<`GPIO_PWIDTH;i=i+1) begin
        gpio_tx_en[i] = gpio_sw_dir[i];
    end
end
generate
    if(`GPIO_EXT_DATA_SYNC_EN == 1'b1) begin: SUPPORT_SYNC_EXT_DATA_PROC
        reg           [`GPIO_PWIDTH-1:0]     gpio_rx_data_ff1;
        reg           [`GPIO_PWIDTH-1:0]     gpio_rx_data_ff2;
        always @(posedge pclk or negedge presetn) 
        begin
            if(presetn == 1'b0)
                gpio_rx_data_ff1 <= {`GPIO_PWIDTH{1'b0}};
            else
                gpio_rx_data_ff1 <= gpio_rx_data;
        end
        always @(posedge pclk or negedge presetn) 
        begin
            if(presetn == 1'b0)
                gpio_rx_data_ff2 <= {`GPIO_PWIDTH{1'b0}};
            else
                gpio_rx_data_ff2 <= gpio_rx_data_ff1;
        end
        assign  gpio_ext_data_tmp = gpio_rx_data_ff2;
    end
    else begin: NO_SUPPORT_SYNC_EXT_DATA_PROC
        assign  gpio_ext_data_tmp = gpio_rx_data;
    end
endgenerate
always @(*)
begin: GPIO_EXT_DATA_PROC
integer i;
    gpio_ext_data = {`GPIO_PWIDTH{zero_value}};
    for(i=0;i<`GPIO_PWIDTH;i=i+1) begin
        if(gpio_tx_en[i] == 1'b1)
            gpio_ext_data[i] = gpio_sw_data[i];
        else
            gpio_ext_data[i] = gpio_ext_data_tmp[i];
    end 
end      
assign  gpio_etb_trig = int_level;
endmodule 
module gpio_top 
(
                   gpio_etb_trig      ,
                   pclk               ,
                   pclk_int           ,
                   dbclk              ,
                   dbclk_rstn         ,
                   scan_mode          ,                   
                   presetn            ,
                   penable            ,
                   pwrite             ,
                   pwdata             ,
                   paddr              ,
                   psel               ,
                   gpio_in_data       ,
                   gpio_out_data      ,
                   gpio_out_en        ,
                   gpio_int_flag      ,
                   gpio_int_clk_en    ,
                   prdata              
);
output              [31:0]     gpio_etb_trig        ;                   
input                                     pclk                 ;
input                                     pclk_int             ;
input                                     presetn              ;
input                                     dbclk                ; 
input                                     dbclk_rstn           ;
input                                     scan_mode            ;
input                                     penable              ;
input                                     pwrite               ;
input                          [31:0]     pwdata               ;
input               [6:0]     paddr                ;
input                                     psel                 ;
input               [31:0]     gpio_in_data         ;
output              [31:0]     gpio_out_data        ;
output              [31:0]     gpio_out_en          ;
output                                    gpio_int_flag        ;
output                                    gpio_int_clk_en      ;
output                         [31:0]     prdata               ;
wire                                      dbclk                ;
wire                                      dbclk_rstn           ;
wire                                      scan_mode            ;
wire                                      pclk_int             ;
wire                           [31:0]     prdata               ;
wire                [31:0]     gpio_sw_data         ;
wire                [31:0]     gpio_sw_dir          ;
wire                [31:0]     gpio_int_en          ;
wire                [31:0]     gpio_int_mask        ;
wire                [31:0]     gpio_int_type        ;
wire                [31:0]     gpio_int_pol         ;
wire                [31:0]     gpio_int             ;
wire                [31:0]     gpio_int_n           ;
wire                [31:0]     gpio_raw_int_status  ;
wire                [31:0]     gpio_debounce        ;
wire                                       gpio_int_level_sync  ;
wire                [31:0]     gpio_int_clr         ;
wire                [31:0]     gpio_in_data         ;
wire                [31:0]     gpio_ext_data        ;  
wire                [31:0]     gpio_out_data        ;
wire                [31:0]     gpio_out_en          ;
wire                                       gpio_int_flag        ;
wire                                       gpio_int_flag_n      ;
wire                [31:0]     gpio_int_status      ;
gpio_apbif U_GPIO_APBIF
(
    .pclk                          (pclk                      ),
    .presetn                       (presetn                   ),
    .penable                       (penable                   ),
    .pwrite                        (pwrite                    ),
    .pwdata                        (pwdata                    ),
    .paddr                         (paddr                     ),
    .psel                          (psel                      ),
    .gpio_sw_data                  (gpio_sw_data              ),
    .gpio_sw_dir                   (gpio_sw_dir               ),
    .gpio_int_en                   (gpio_int_en               ),
    .gpio_int_mask                 (gpio_int_mask             ),
    .gpio_int_type                 (gpio_int_type             ),
    .gpio_int_pol                  (gpio_int_pol              ),
    .gpio_int_status               (gpio_int_status           ),
    .gpio_raw_int_status           (gpio_raw_int_status       ),
    .gpio_debounce                 (gpio_debounce             ),
    .gpio_int_clr                  (gpio_int_clr              ),
    .gpio_ext_data                 (gpio_ext_data             ),
    .gpio_int_level_sync           (gpio_int_level_sync       ),
    .prdata                        (prdata                    )
);
gpio_ctrl U_GPIO_CTRL  
(
    .gpio_etb_trig                 (gpio_etb_trig             ),
    .pclk                          (pclk                      ),
    .pclk_int                      (pclk_int                  ),
    .dbclk                         (dbclk                     ),
    .presetn                       (presetn                   ),
    .dbclk_rstn                    (dbclk_rstn                ),
    .scan_mode                     (scan_mode                 ),
    .gpio_sw_data                  (gpio_sw_data              ),
    .gpio_sw_dir                   (gpio_sw_dir               ),
    .gpio_int_en                   (gpio_int_en               ),
    .gpio_int_mask                 (gpio_int_mask             ),
    .gpio_int_type                 (gpio_int_type             ),
    .gpio_int_pol                  (gpio_int_pol              ),
    .gpio_debounce                 (gpio_debounce             ),
    .gpio_int_clr                  (gpio_int_clr              ),
    .gpio_rx_data                  (gpio_in_data              ),
    .gpio_int_level_sync           (gpio_int_level_sync       ),
    .gpio_tx_data                  (gpio_out_data             ),
    .gpio_tx_en                    (gpio_out_en               ),
    .gpio_ext_data                 (gpio_ext_data             ),
    .gpio_int_flag                 (gpio_int_flag             ),
    .gpio_int                      (gpio_int                  ),
    .gpio_int_flag_n               (gpio_int_flag_n           ),
    .gpio_int_n                    (gpio_int_n                ),
    .gpio_int_status               (gpio_int_status           ),
    .gpio_raw_int_status           (gpio_raw_int_status       ),
    .gpio_int_clk_en               (gpio_int_clk_en           )
);
endmodule